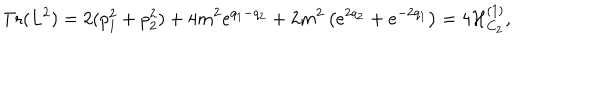
\mathrm { T r } ( L ^ { 2 } ) = 2 ( p _ { 1 } ^ { 2 } + p _ { 2 } ^ { 2 } ) + 4 m ^ { 2 } e ^ { q _ { 1 } - q _ { 2 } } + 2 m ^ { 2 } \left( e ^ { 2 q _ { 2 } } + e ^ { - 2 q _ { 1 } } \right) = 4 { \cal H } _ { C _ { 2 } } ^ { ( 1 ) } ,